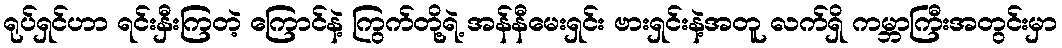
ရုပ်ရှင်ဟာ ရင်းနှီးကြတဲ့ ကြောင်နဲ့ ကြွက်တို့ရဲ့ အန်နီမေးရှင်း ဗားရှင်းနဲ့အတူ လက်ရှိ ကမ္ဘာကြီးအတွင်းမှာ